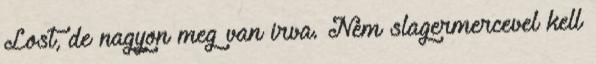
Lost, de nagyon meg van irva. Nem slagermercevel kell